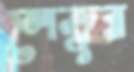
লেভুর